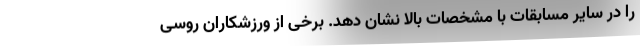
را در سایر مسابقات با مشخصات بالا نشان دهد. برخی از ورزشکاران روسی